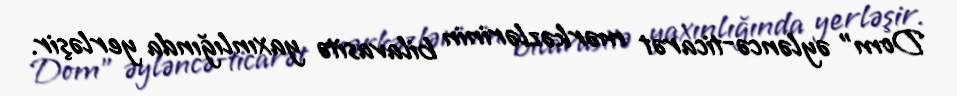
Dom” əyləncə-ticarət mərkəzlərinin bilavasitə yaxınlığında yerləşir.